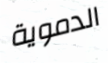
الدموية